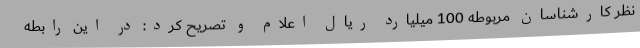
نظر کارشناسان مربوطه 100 میلیارد ریال اعلام و تصریح کرد: در این رابطه